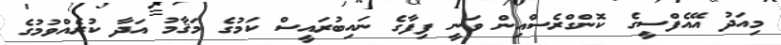
މިއަދު އޭއެފްސީގެ ކޮންގްރެސްއިން ވަނީ ފިފާގެ ނައިބުރައީސް ކަމުގެ މަޤާމު އަދާ ކުރެއްވުމުގެ